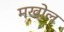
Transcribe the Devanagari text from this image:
मखोल